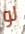
لو